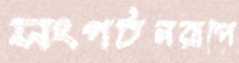
সংগঠনরূপে